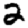
Digit: 2